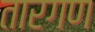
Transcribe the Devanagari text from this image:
तारगण